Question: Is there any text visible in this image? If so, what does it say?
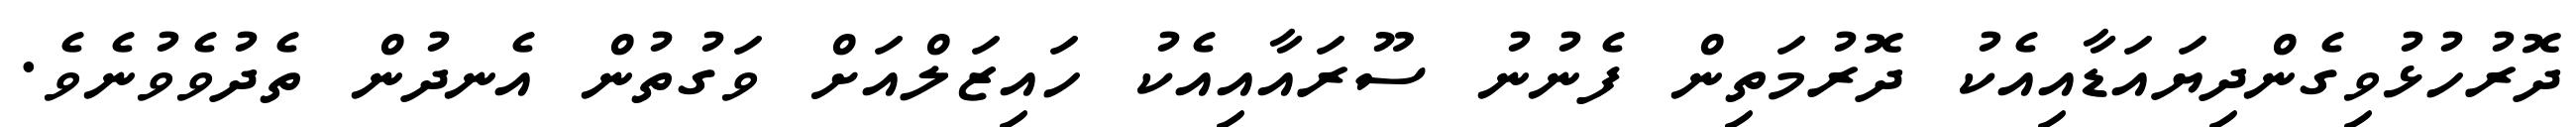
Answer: ދޮރުހުޅުވިގެންދިޔައަޑާއިއެކު ދޮރުމަތިން ފެނުނު ސޫރައާއިއެކު ހައިޒަލްއަށް ވަގުތުން އެނދުން ތެދުވެވުނެވެ.